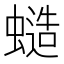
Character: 䗢